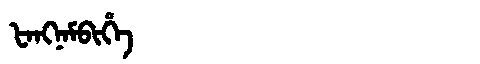
Manchu: ᡶᠠᠩᠨᠠᠮᠪᡳᡥᡝ
Romanization: FANGNAMBIHE